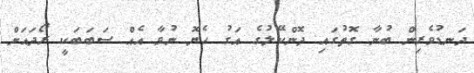
ދަނޑުވެރިން ބުނާ ގޮތުގައި ދޮންކޭލުގެ އަގު ހެޔޮ ނުވާ އެއް ސަބަބަކީ ރޯދައަށް